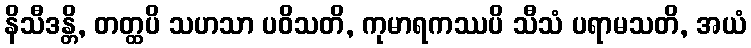
နိသီဒန္တိ, တတ္ထပိ သဟသာ ပဝိသတိ, ကုမာရကဿပိ သီသံ ပရာမသတိ, အယံ